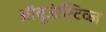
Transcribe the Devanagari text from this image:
ऑवूजेक्टिव्ज